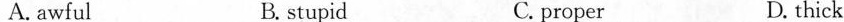
A. awful B. stupid C. proper D. thick